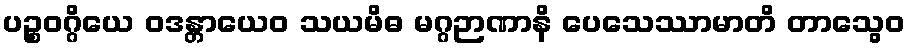
ပဉ္စဝဂ္ဂိယေ ဝဒန္တာယေဝ သယမိဓ မဂ္ဂဉာဏာနိ ပေသေဿာမာတိ တာသွေဝ